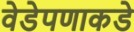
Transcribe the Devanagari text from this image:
वेडेपणाकडे